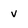
Character: v